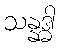
သန္နဒ္ဓါ